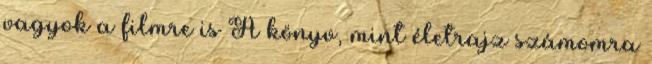
vagyok a filmre is A könyv, mint életrajz számomra